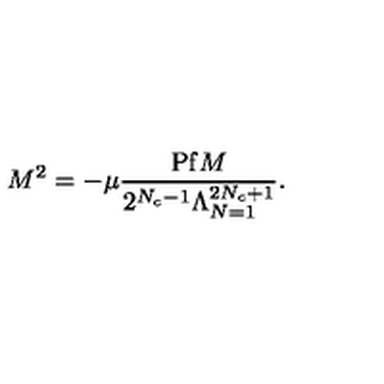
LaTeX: M ^ { 2 } = - \mu \frac { \mathrm { P f } M } { 2 ^ { N _ { c } - 1 } \Lambda _ { N = 1 } ^ { 2 N _ { c } + 1 } } .